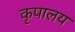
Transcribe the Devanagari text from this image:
कृपालय